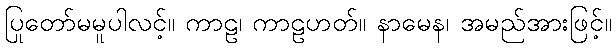
ပြုတော်မမူပါလင့်။ ကာဠ၊ ကာဠဟတ်။ နာမေန၊ အမည်အားဖြင့်။